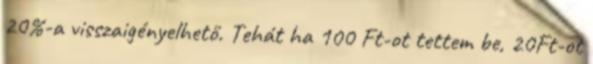
20%-a visszaigényelhető. Tehát ha 100 Ft-ot tettem be, 20Ft-ot